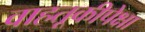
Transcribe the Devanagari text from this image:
वाहतूकीपेक्षा